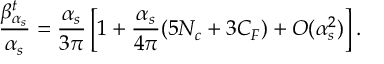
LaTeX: \frac { \beta _ { \alpha _ { s } } ^ { t } } { \alpha _ { s } } = \frac { \alpha _ { s } } { 3 \pi } \left[ 1 + \frac { \alpha _ { s } } { 4 \pi } ( 5 N _ { c } + 3 C _ { F } ) + { \cal O } ( \alpha _ { s } ^ { 2 } ) \right] .